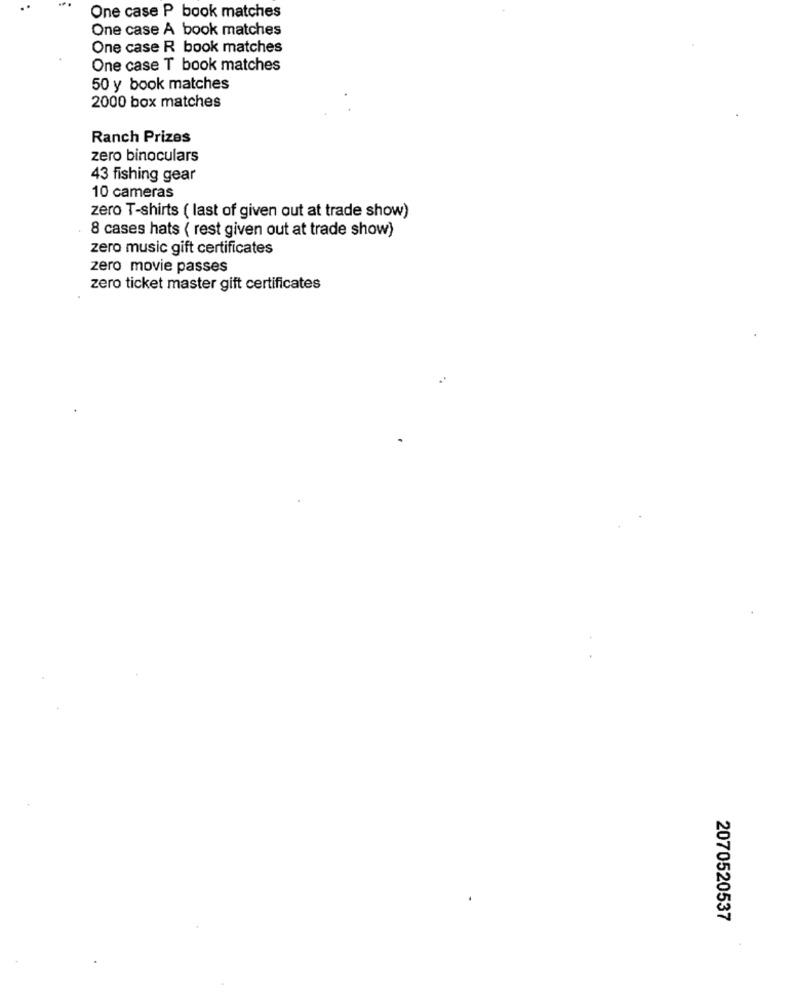
One case P book matches
One case A book matches
One case R book matches
One case T book matches
50 y book matches
2000 box matches
Ranch Prizes
zero binoculars
43 fishing gear
10 cameras
zero T-shirts ( last of given out at trade show)
8 cases hats ( rest given out at trade show)
zero music gift certificates
zero movie passes
zero ticket master gift certificates
2070520537